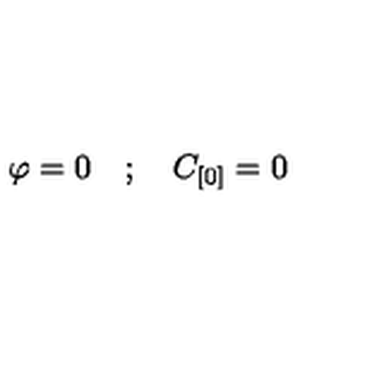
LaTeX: \varphi = 0 \quad ; \quad C _ { [ 0 ] } = 0